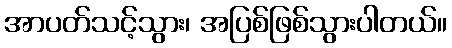
အာပတ်သင့်သွား၊ အပြစ်ဖြစ်သွားပါတယ်။